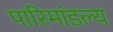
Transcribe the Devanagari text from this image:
पारिमांडल्य